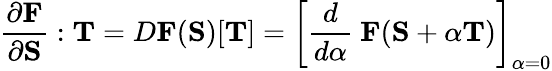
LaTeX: {\frac{\partial\mathbf{F}}{\partial\mathbf{S}}}:\mathbf{T}=D\mathbf{F}(\mathbf{S})[\mathbf{T}]=\left[{\frac{d}{d\alpha}}~\mathbf{F}(\mathbf{S}+\alpha\mathbf{T})\right]_{\alpha=0}